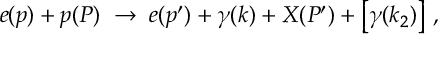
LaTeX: e ( p ) + p ( P ) \; \to \; e ( p ^ { \prime } ) + \gamma ( k ) + X ( P ^ { \prime } ) + \left[ \gamma ( k _ { 2 } ) \right] \, ,